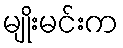
မျိုးမင်းက